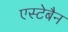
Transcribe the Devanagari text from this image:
एस्टेबैन